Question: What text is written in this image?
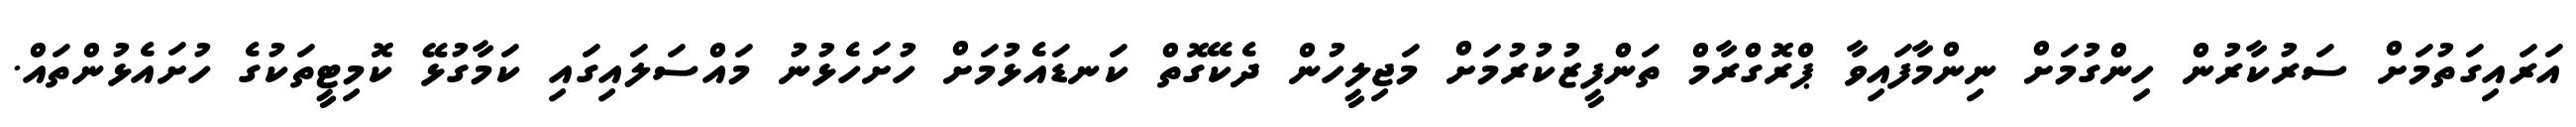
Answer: އަރައިގަތުމަށް ސަރުކާރުން ހިންގުމަށް ނިންމާފައިވާ ޕްރޮގްރާމް ތަންފީޒުކުރުމަށް މަޖިލީހުން ދެކޭގޮތް ކަނޑައެޅުމަށް ހުށަހެޅުނު މައްސަލައިގައި ކަމާގުޅޭ ކޮމިޓީތަކުގެ ހުށައެޅުންތައް.